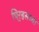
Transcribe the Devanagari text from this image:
पिर्‍हसच्या